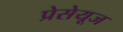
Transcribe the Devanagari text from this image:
प्रेसेयूज